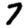
Digit: 7